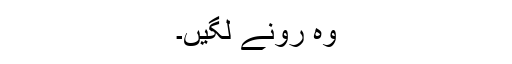
وہ رونے لگیں۔